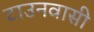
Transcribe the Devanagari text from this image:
टाउनवासी